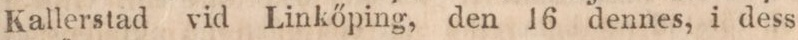
Kallerstad vid Linkőping, den 16 dennes, i dess